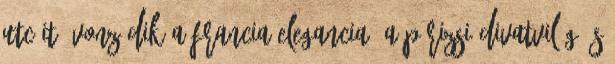
utcáit? Vonzódik a francia elegancia, a párizsi divatvilág és